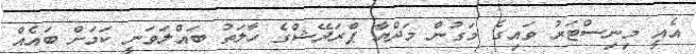
އެއީ މިނިސްޓަރު ވައިގެ މަގުން މަދްޔާ ޕްރަދޭޝްގެ ހާލަތު ބައްލަވަނީ ކަމަށް ބައެއް